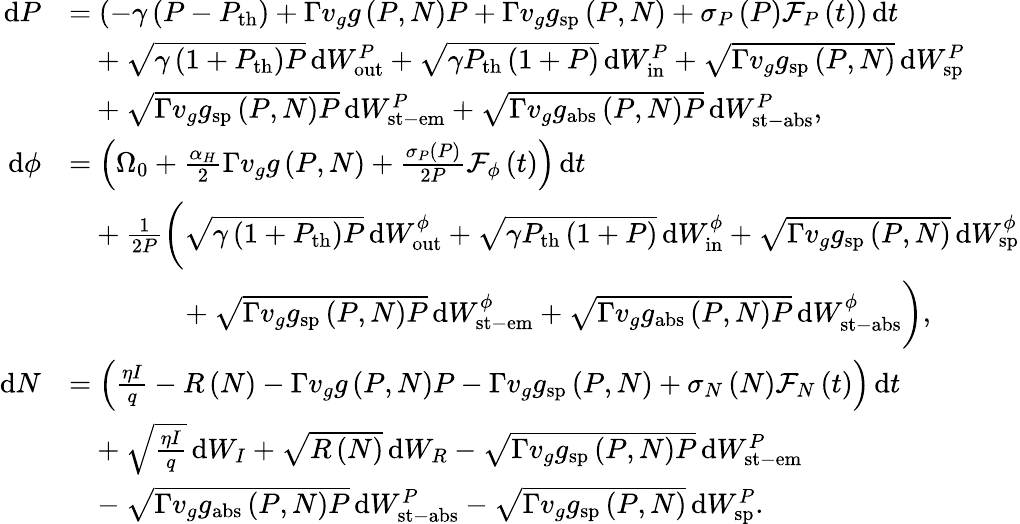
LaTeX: \begin{array}{rl}{\mathrm{d}P}&{=\left(-\gamma\left(P-P_{\mathrm{th}}\right)+\Gamma v_{g}g\left(P,N\right)P+\Gamma v_{g}g_{\mathrm{sp}}\left(P,N\right)+\sigma_{P}\left(P\right)\mathcal{F}_{P}\left(t\right)\right)\, \mathrm{d}t}\\ &{\hphantom{=}+\sqrt{\gamma\left(1+P_{\mathrm{th}}\right)P}\, \mathrm{d}W_{\mathrm{out}}^{P}+\sqrt{\gamma P_{\mathrm{th}}\left(1+P\right)}\, \mathrm{d}W_{\mathrm{in}}^{P}+\sqrt{\Gamma v_{g}g_{\mathrm{sp}}\left(P,N\right)}\, \mathrm{d}W_{\mathrm{sp}}^{P}}\\ &{\hphantom{=}+\sqrt{\Gamma v_{g}g_{\mathrm{sp}}\left(P,N\right)P}\, \mathrm{d}W_{\mathrm{st-em}}^{P}+\sqrt{\Gamma v_{g}g_{\mathrm{abs}}\left(P,N\right)P}\, \mathrm{d}W_{\mathrm{st-abs}}^{P},}\\ {\mathrm{d}\phi}&{=\left(\Omega_{0}+\frac{\alpha_{H}}{2}\Gamma v_{g}g\left(P,N\right)+\frac{\sigma_{P}\left(P\right)}{2P}\mathcal{F}_{\phi}\left(t\right)\right)\, \mathrm{d}t}\\ &{\hphantom{=}+\frac{1}{2P}\bigg(\sqrt{\gamma\left(1+P_{\mathrm{th}}\right)P}\, \mathrm{d}W_{\mathrm{out}}^{\phi}+\sqrt{\gamma P_{\mathrm{th}}\left(1+P\right)}\, \mathrm{d}W_{\mathrm{in}}^{\phi}+\sqrt{\Gamma v_{g}g_{\mathrm{sp}}\left(P,N\right)}\, \mathrm{d}W_{\mathrm{sp}}^{\phi}}\\ &{\hphantom{=+\frac{1}{2P}\bigg(}+\sqrt{\Gamma v_{g}g_{\mathrm{sp}}\left(P,N\right)P}\, \mathrm{d}W_{\mathrm{st-em}}^{\phi}+\sqrt{\Gamma v_{g}g_{\mathrm{abs}}\left(P,N\right)P}\, \mathrm{d}W_{\mathrm{st-abs}}^{\phi}\bigg),}\\ {\mathrm{d}N}&{=\left(\frac{\eta I}{q}-R\left(N\right)-\Gamma v_{g}g\left(P,N\right)P-\Gamma v_{g}g_{\mathrm{sp}}\left(P,N\right)+\sigma_{N}\left(N\right)\mathcal{F}_{N}\left(t\right)\right)\, \mathrm{d}t}\\ &{\hphantom{=}+\sqrt{\frac{\eta I}{q}}\, \mathrm{d}W_{I}+\sqrt{R\left(N\right)}\, \mathrm{d}W_{R}-\sqrt{\Gamma v_{g}g_{\mathrm{sp}}\left(P,N\right)P}\, \mathrm{d}W_{\mathrm{st-em}}^{P}}\\ &{\hphantom{=}-\sqrt{\Gamma v_{g}g_{\mathrm{abs}}\left(P,N\right)P}\, \mathrm{d}W_{\mathrm{st-abs}}^{P}-\sqrt{\Gamma v_{g}g_{\mathrm{sp}}\left(P,N\right)}\, \mathrm{d}W_{\mathrm{sp}}^{P}.}\end{array}